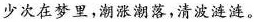
少次在梦里，潮涨潮落，清波涟涟。